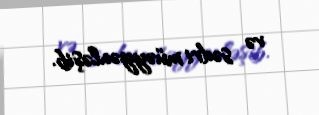
və sədri müəyyənləşib.